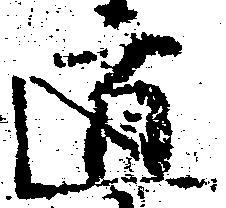
遁